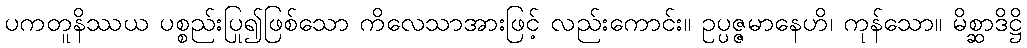
ပကတူနိဿယ ပစ္စည်းပြု၍ဖြစ်သော ကိလေသာအားဖြင့် လည်းကောင်း။ ဥပ္ပဇ္ဇမာနေဟိ၊ ကုန်သော။ မိစ္ဆာဒိဋ္ဌိ